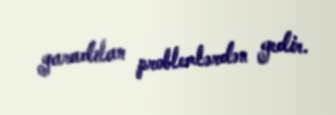
yaradılan problemlərdən gedir.